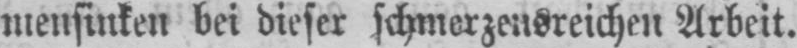
mensinken bei dieser schmerzensreichen Arbeit.